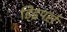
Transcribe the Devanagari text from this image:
ड्ड्रिपर्स